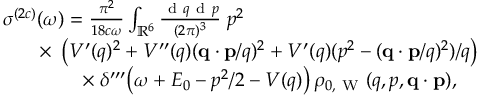
\begin{array} { r } { \sigma ^ { ( 2 c ) } ( \omega ) = \frac { \pi ^ { 2 } } { 1 8 c \omega } \int _ { \mathbb { R } ^ { 6 } } \frac { \ensuremath { \mathrm { ~ d ~ } } \b { q } \ensuremath { \mathrm { ~ d ~ } } \b { p } } { ( 2 \pi ) ^ { 3 } } \; p ^ { 2 } \phantom { x x x x x x x x x x x x x x x x x x x x x x x x } } \\ { \times \; \left( V ^ { \prime } ( q ) ^ { 2 } + V ^ { \prime \prime } ( q ) ( \ensuremath { \mathbf { q } } \cdot \ensuremath { \mathbf { p } } / q ) ^ { 2 } + V ^ { \prime } ( q ) ( p ^ { 2 } - ( \ensuremath { \mathbf { q } } \cdot \ensuremath { \mathbf { p } } / q ) ^ { 2 } ) / q \right) } \\ { \times \; \delta ^ { \prime \prime \prime } \! \left( \omega + E _ { 0 } - p ^ { 2 } / 2 - V ( q ) \right) \rho _ { 0 , \mathrm { ~ W ~ } } ( q , p , \ensuremath { \mathbf { q } } \cdot \ensuremath { \mathbf { p } } ) , \; \; \; \; } \end{array}